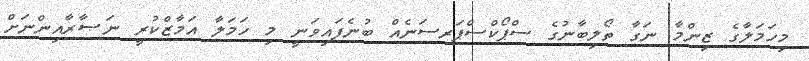
މިހަމަލާގެ ޒިންމާ ނަގާ ތޯލިބާނުގެ ސްޕޯކްސްޕަރސަނެއް ބުނެފައިވަނީ މި ހަމަލާ އަމާޒްކުރީ ނަޞާރާއިންނަށް